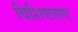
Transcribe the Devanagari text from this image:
विशिष्टताए